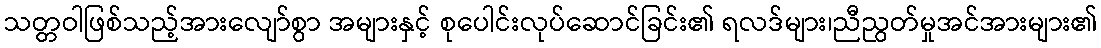
သတ္တဝါဖြစ်သည့်အားလျော်စွာ အများနှင့် စုပေါင်းလုပ်ဆောင်ခြင်း၏ ရလဒ်များ၊ညီညွတ်မှုအင်အားများ၏